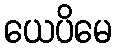
ယေပိမေ